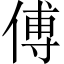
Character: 傅